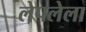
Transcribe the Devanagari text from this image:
लेपलेला